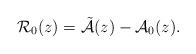
LaTeX: \begin{align*} \mathcal{R}_{0} (z) = \mathcal{\tilde A} (z) - \mathcal{A}_0 (z) . \end{align*}